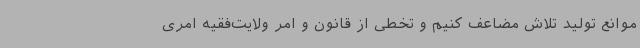
موانع تولید تلاش مضاعف کنیم و تخطی از قانون و امر ولایت‌فقیه امری